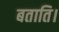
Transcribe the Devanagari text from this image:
बताति।